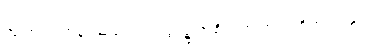
အကြင်ရဟန်းသည်လည်းရွာ၌ အစိမ်းအကြက်ကိုတရားနှင့်